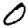
Digit: 0